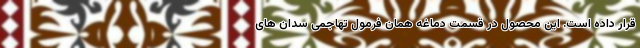
قرار داده است. این محصول در قسمت دماغه همان فرمول تهاجمی سدان های